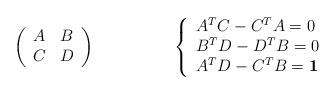
LaTeX: \begin{align*}\left(\begin{array}{cc}A & B\\C &D\end{array}\right) \hskip 2cm \left\{\begin{array}{l}A^TC - C^T A =0\\B^T D - D^T B = 0\\ A^T D - C^T B = {\bf 1}\end{array}\right.\end{align*}